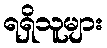
ရရှိသူများ